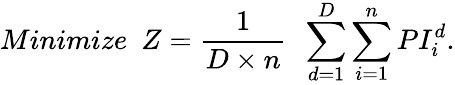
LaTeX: Minimize~~Z=\frac{1}{D\times n}~~\sum_{d=1}^{D}\sum_{i=1}^{n}PI_{i}^{d}.